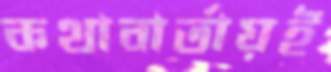
কথাবার্তায়ই